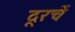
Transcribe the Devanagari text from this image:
दूरचें